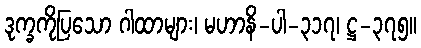
ဒုက္ခကိုပြသော ဂါထာများ၊ မဟာနိ-ပါ-၃၁၇၊ ဋ္ဌ-၃၇၅။